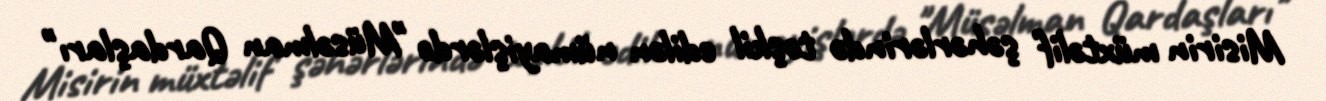
Misirin müxtəlif şəhərlərində təşkil edilən nümayişlərdə "Müsəlman Qardaşları"